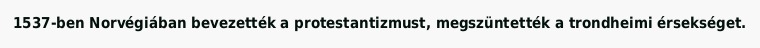
1537-ben Norvégiában bevezették a protestantizmust, megszüntették a trondheimi érsekséget.